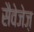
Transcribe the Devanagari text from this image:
सैवेजेज़